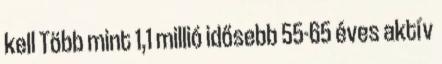
kell Több mint 1,1 millió idősebb 55-65 éves aktív